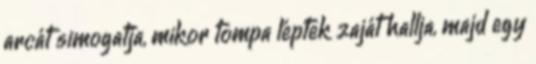
arcát simogatja, mikor tompa léptek zaját hallja, majd egy